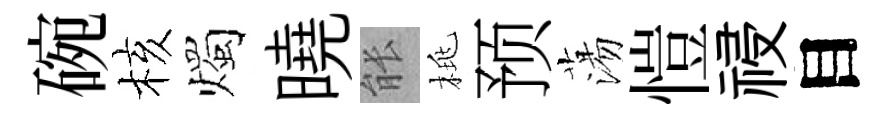
碗核燭曉䏻桃预蕩愷祲目